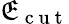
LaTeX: \mathfrak{E}_{\mathrm{{~c~u~t~}}}